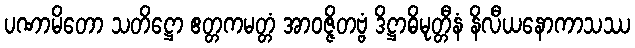
ပဏာမိတော သတိဋ္ဌော ဧတ္တကမတ္တံ အာဝဇ္ဇိတဗ္ဗံ ဒိဋ္ဌာဓိမုတ္တီနံ နိလီယနောကာသဿ